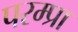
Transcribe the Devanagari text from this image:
परम्प्रा